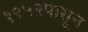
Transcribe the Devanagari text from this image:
१९५२पासून